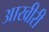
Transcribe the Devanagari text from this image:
आखीरी